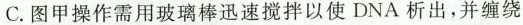
C.图甲操作需用玻璃棒迅速搅拌以使DNA析出，并缠绕